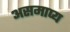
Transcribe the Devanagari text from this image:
असमाप्य